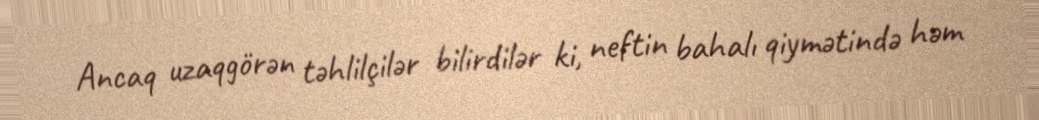
Ancaq uzaqgörən təhlilçilər bilirdilər ki, neftin bahalı qiymətində həm